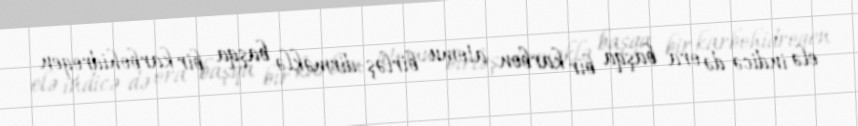
elə indicə də ora başqa bir karbon atomu birləş-dirməklə başqa bir karbohidrogen